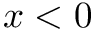
x < 0